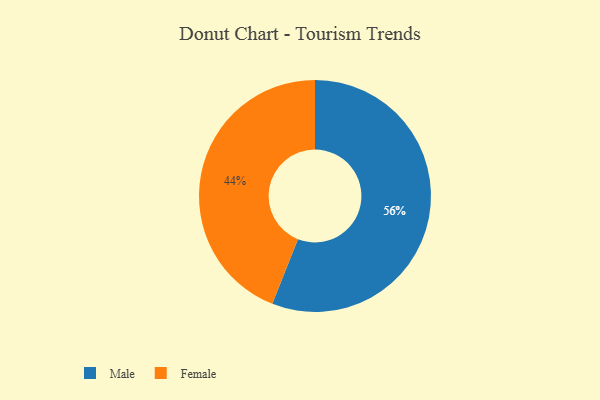
{"axis": {"x": "Category", "y": "Percentage"}, "legend": ["Female", "Male"], "data": [{"x": "Female", "y": 44, "type": "Female"}, {"x": "Male", "y": 56, "type": "Male"}]}